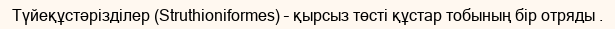
Түйеқұстәрізділер (Struthioniformes) – қырсыз төсті құстар тобының бір отряды .